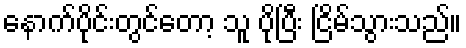
နောက်ပိုင်းတွင်တော့ သူ ပိုပြီး ငြိမ်သွားသည်။